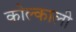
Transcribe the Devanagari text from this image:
कोल्काली